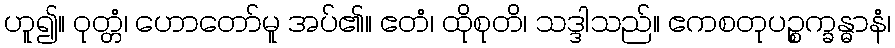
ဟူ၍။ ဝုတ္တံ၊ ဟောတော်မူ အပ်၏။ ဧတံ၊ ထိုစုတိ၊ သဒ္ဒါသည်။ ဧကစတုပဉ္စက္ခန္ဓာနံ၊